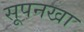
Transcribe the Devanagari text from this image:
सूपनखा